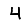
Digit: 4